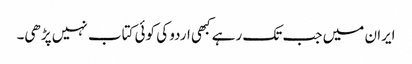
ایران میں جب تک رہے کبھی اردو کی کوئی کتاب نہیں پڑھی۔